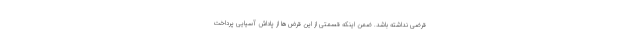
قرضی نداشته باشد. ضمن اینکه قسمتی از این قرض‌ها از پاداش آسیایی پرداخت